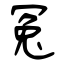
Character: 冤